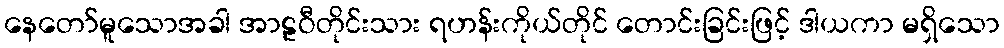
နေတော်မူသောအခါ အာဠဝီတိုင်းသား ရဟန်းကိုယ်တိုင် တောင်းခြင်းဖြင့် ဒါယကာ မရှိသော